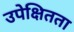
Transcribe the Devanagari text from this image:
उपेक्षितता